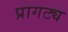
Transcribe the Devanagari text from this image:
प्रागट्य